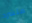
متشرد